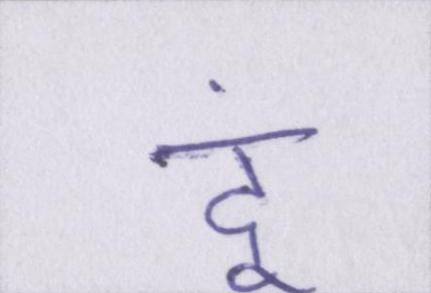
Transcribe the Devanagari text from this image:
दूं।